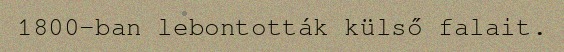
1800-ban lebontották külső falait.